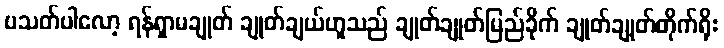
ပသတ်ပါလော့ ရန်ရှာမချုတ် ချုတ်ချယ်ဟူသည် ချုတ်ချုတ်မြည်ခိုက် ချုတ်ချုတ်တိုက်ရိုး